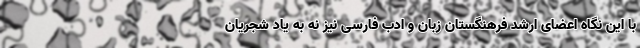
با این نگاه اعضای ارشد فرهنگستان زبان و ادب فارسی نیز نه به یاد شجریان